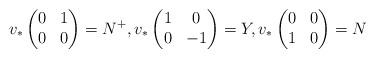
LaTeX: \begin{align*}v_*\begin{pmatrix}0&1\\ 0&0\end{pmatrix}=N^+,v_*\begin{pmatrix}1&0\\ 0&-1\end{pmatrix}=Y,v_*\begin{pmatrix}0&0\\1&0\end{pmatrix}=N\end{align*}